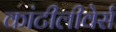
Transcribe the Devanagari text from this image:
कांटीलीवेर्स